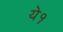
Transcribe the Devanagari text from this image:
ये१